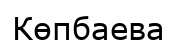
Көпбаева